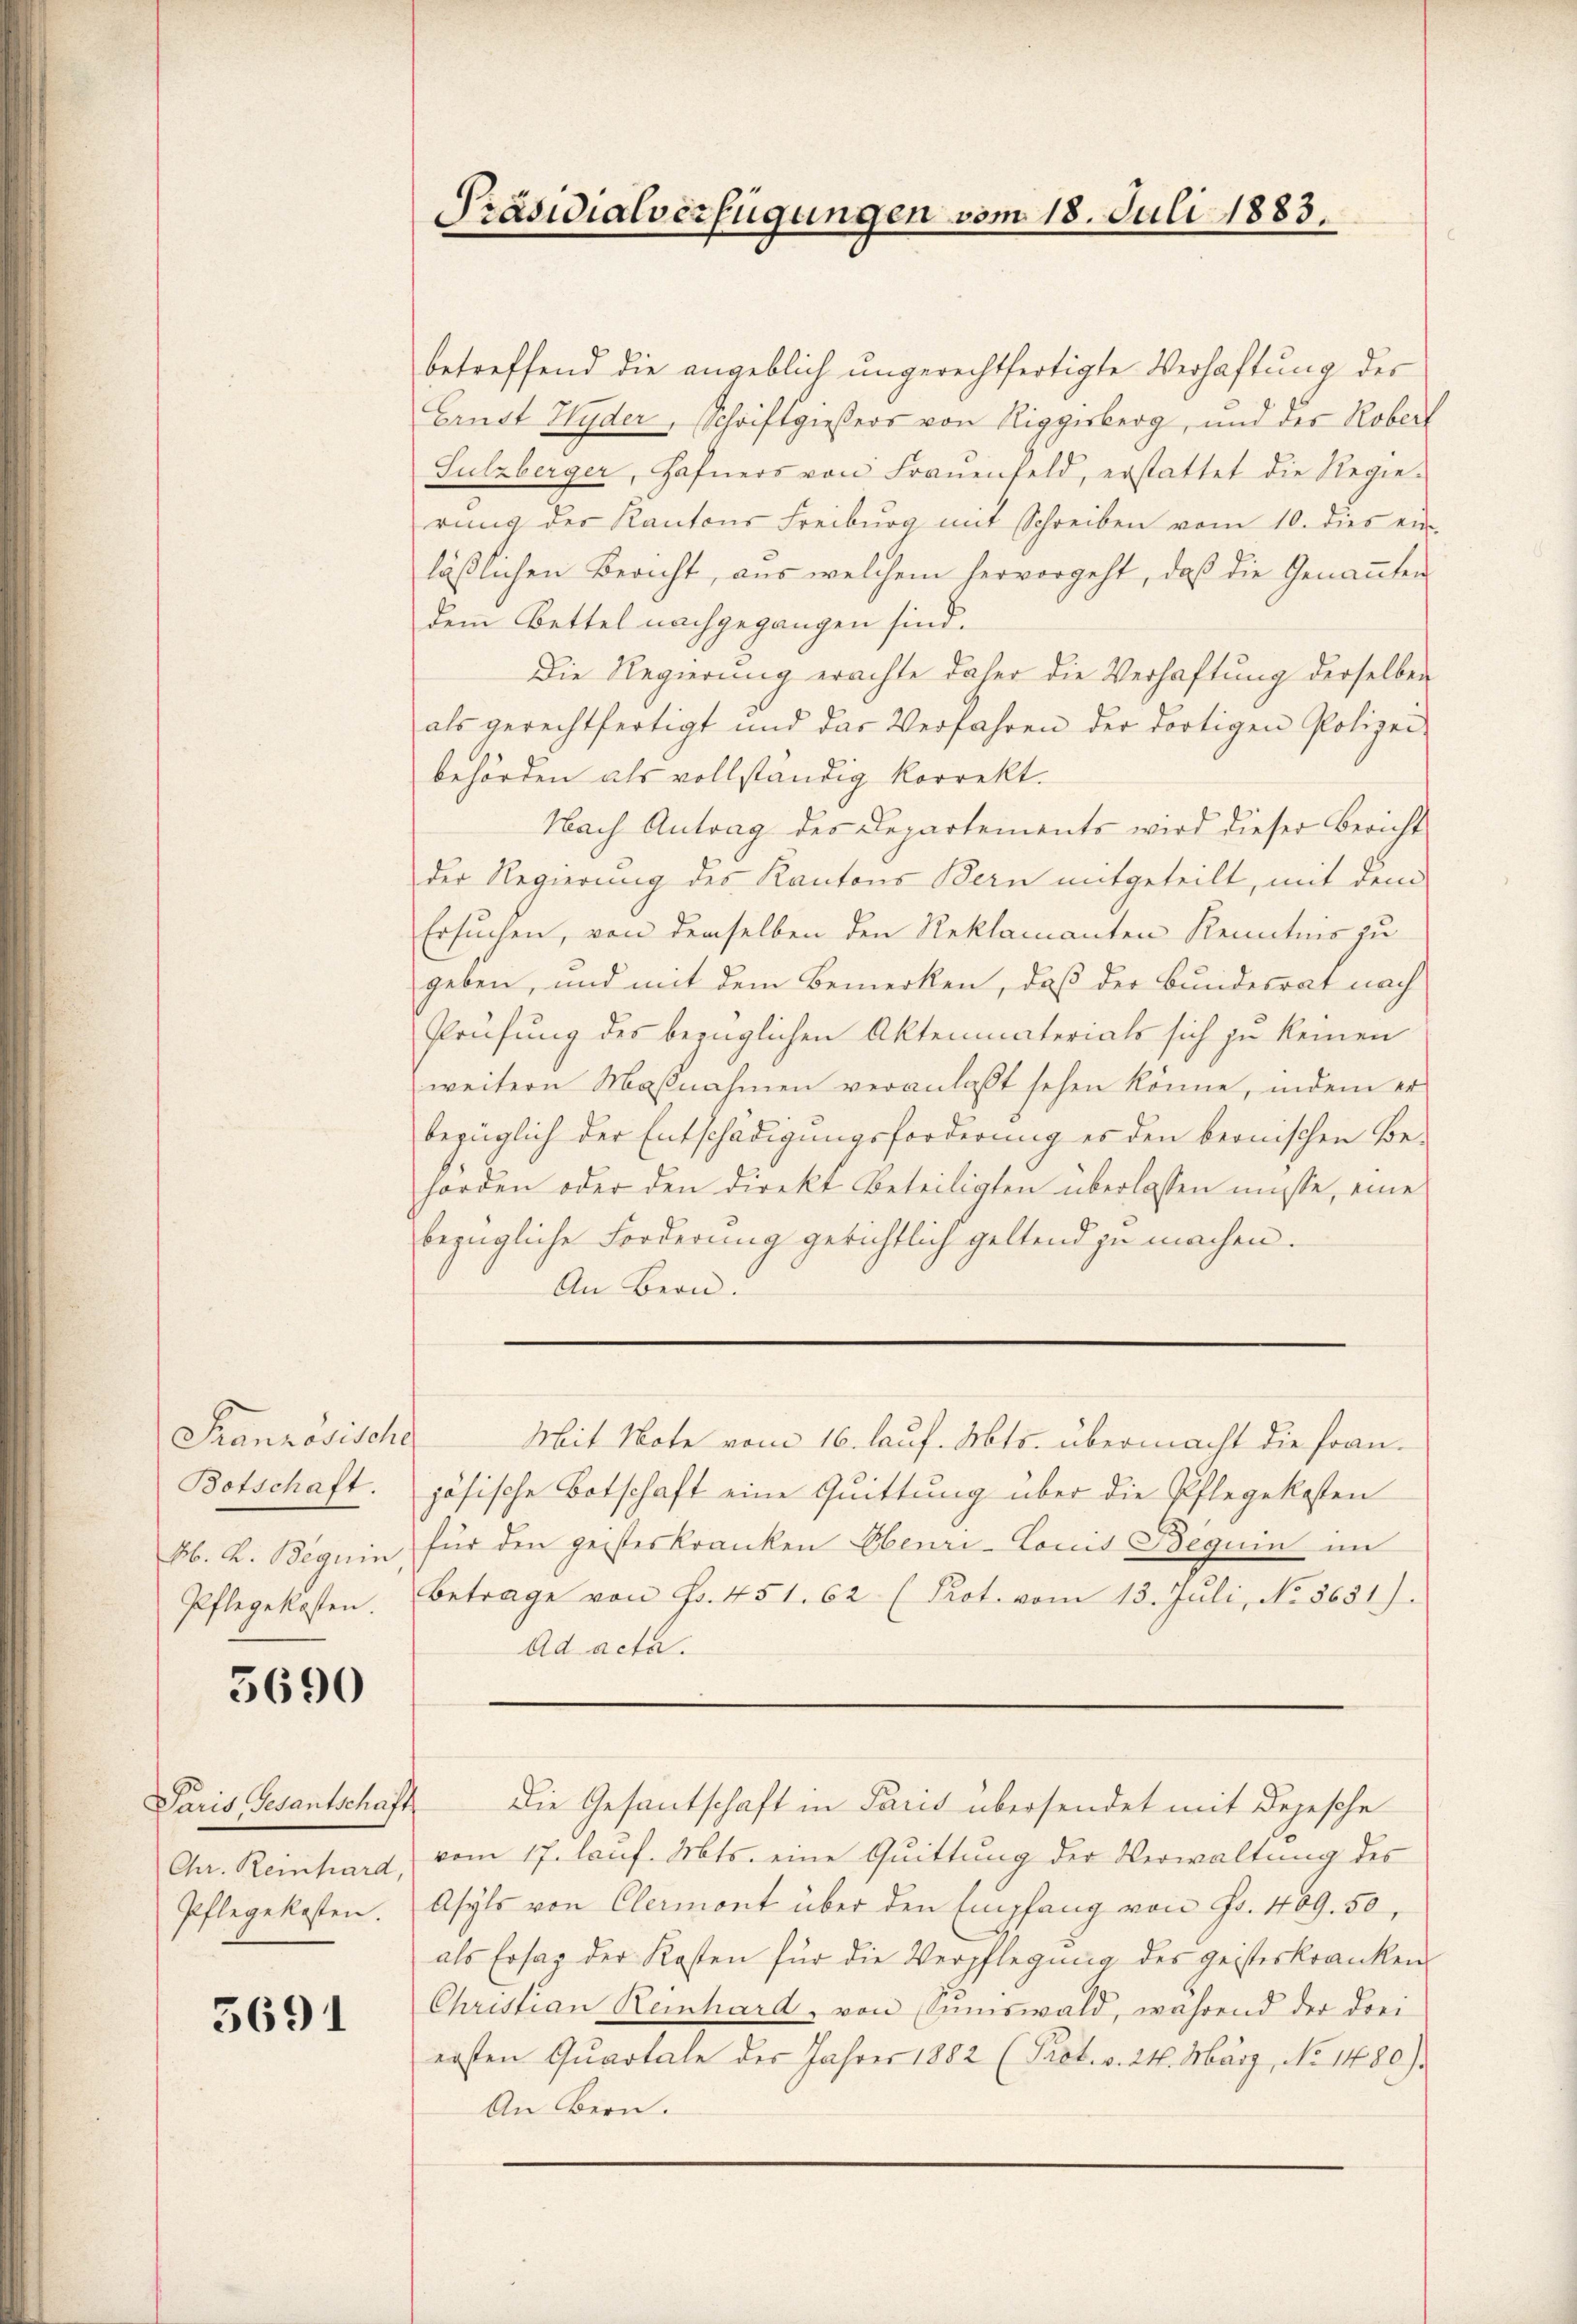
Französisch
Botschaft.
M. K. Beguin
Pflegekosten.

5690

Paris Gesantschaft
Chr. Reinhard,
Pflegekosten.

5691

Präsidialverfügungen vom 18. Juli 1883.
e
.

betreffend die angeblich ungerechtfertigte Verhaftung der
Erndt Hyder, Schriftgießers von Riggerberg, und der Roberl
Sulzberger, Hafners von Frauenfeld, erstattet die Regie-
rŭng der Kantons Freiburg mit Schreiben vom 10. dies ein
läßlichen Bericht, aus welchem hervorgeht, daβ die Genannten
dem Bettel nachgegangen sind.
Die Regierung erachte daher die Verhaftung derselben
als gerechtfertigt und das Verfahren der dortigen Polizei-
behörden als vollständig korrekt.
Nach Antrag des Departements wird dieser Bericht
der Regierung des Kantons Bern mitgeteilt, mit dem
Ersuchen, von demselben den Reklamanten Kenntnis zu
geben, und mit dem Bemerken, daß der Bundesrat nach
Prüfung des bezüglichen Aktenmaterials sich zu keinen
weitern Maßnahmen veranlaßt sehen könne, indem er
bezüglich der Entschädigungsforderung es den bernischen Be-
hörden oder den direkt Beteiligten überlassen müsse, eine
bezügliche Forderung gerichtlich geltend zu machen.
An Bern.
Mit Note vom 16. lauf. Mts. übermacht die franjösische Botschaft eine Quittung über die Pflegekosten
für den geisteskranken Ebenri-Comit Beguin im
Betrage von Fr. 451. 62 (Prot. vom 13. Juli, No. 8631).
Ad acta.

vom 17. lauf. Mts. eine Quittung der Verwaltung des
Asyls von Clermont über den Empfang von Fr. 469. 50,
als Ersaz der Kosten für die Verpflegung des geisteskranken-
Christian Keinhard, von Saumswald, während der drei
ersten Quartale der Jahres 1882 (Prot. v. 24. März, No 1480).
An Bern.

Die Gesantschaft in Paris übersendet mit Depesche